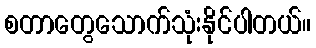
စတာတွေသောက်သုံးနိုင်ပါတယ်။